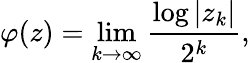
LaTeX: \varphi(z)=\operatorname*{lim}_{k\to\infty}{\frac{\log|z_{k}|}{2^{k}}},